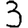
Digit: 3